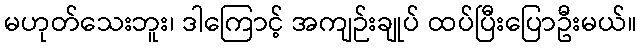
မဟုတ်သေးဘူး၊ ဒါကြောင့် အကျဉ်းချုပ် ထပ်ပြီးပြောဦးမယ်။